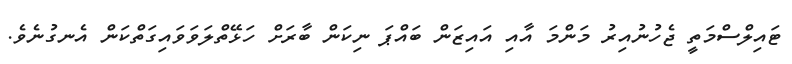
ޓައިލްސްމަތީ ޖެހުނުއިރު މަންމަ އާއި އައިޒަން ބައްޕަ ނިކަން ބާރަށް ހަޅޭތްލަވަވައިގަތްކަން އެނގުނެވެ.